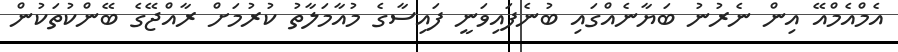
އެމްއެމްއޭ އިން ނެރުނު ބަޔާނެއްގައި ބުނެފައިވަނީ ފައިސާގެ މުއާމަލާތު ކުރުމަށް ރާއްޖޭގެ ބޭންކުތަކުން